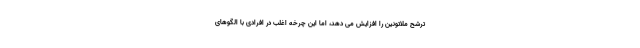
ترشح ملاتونین را افزایش می دهد، اما این چرخه اغلب در افرادی با الگوهای